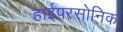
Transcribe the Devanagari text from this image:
हाईपरसोनिक